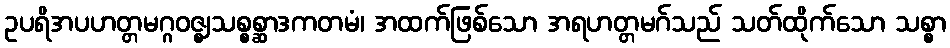
ဥပရိအပဟတ္တမဂ္ဂဝဇ္ဈသစ္စစ္ဆာဒကတမံ၊ အထက်ဖြစ်သော အရဟတ္တမဂ်သည် သတ်ထိုက်သော သစ္စာ